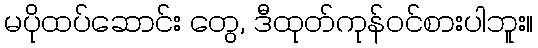
မပိုထပ်ဆောင်း တွေ, ဒီထုတ်ကုန်ဝင်စားပါဘူး။